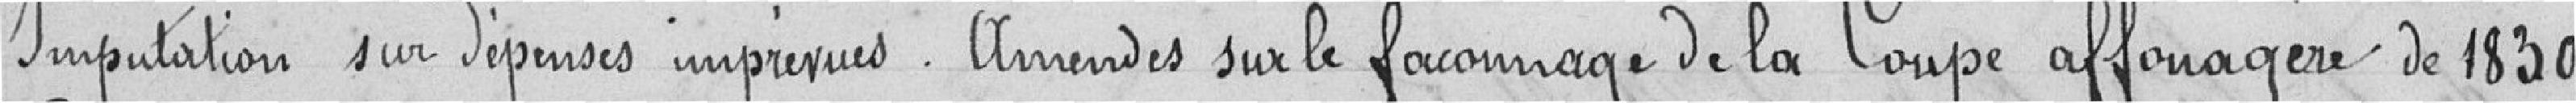
Imputation sur dépenses imprévus. Amendes sur le façonnage de la Coupe affouagère de 1839